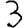
Digit: 3